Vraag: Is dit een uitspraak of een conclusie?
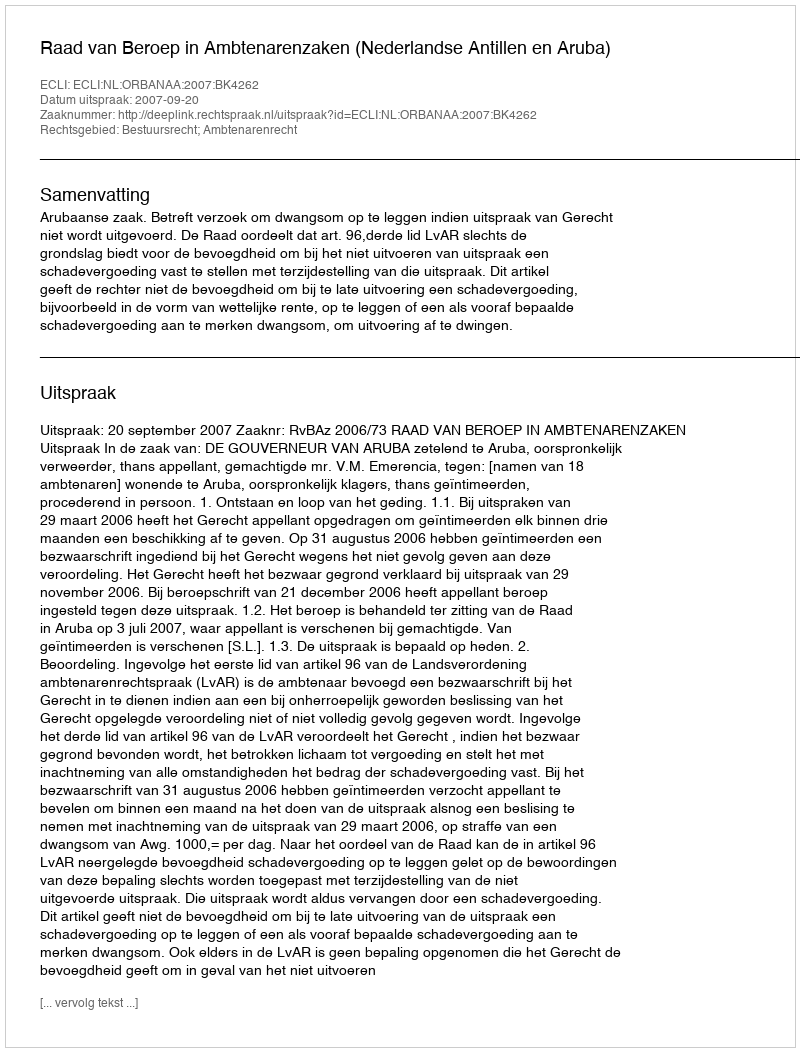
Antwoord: Uitspraak